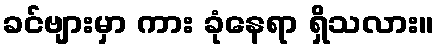
ခင်ဗျားမှာ ကား ခုံနေရာ ရှိသလား။